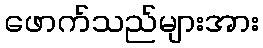
ဖောက်သည်များအား